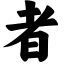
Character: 者